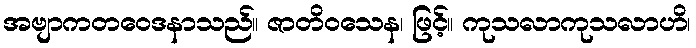
အဗျာကတဝေဒနာသည်။ ဇာတိဝသေန၊ ဖြင့်။ ကုသလာကုသလာဟိ၊